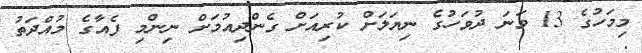
މިމަހުގެ 13 ވަނަ ދުވަހުގެ ނިޔަލަށް ކުރިއަށް ގެންދިއުމަށް ނިންމި ފެއާގެ މުއްދަތު